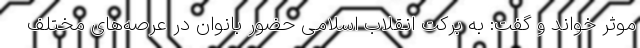
موثر خواند و گفت: به برکت انقلاب اسلامی حضور بانوان در عرصه‌های مختلف